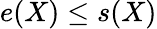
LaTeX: e(X)\leq s(X)